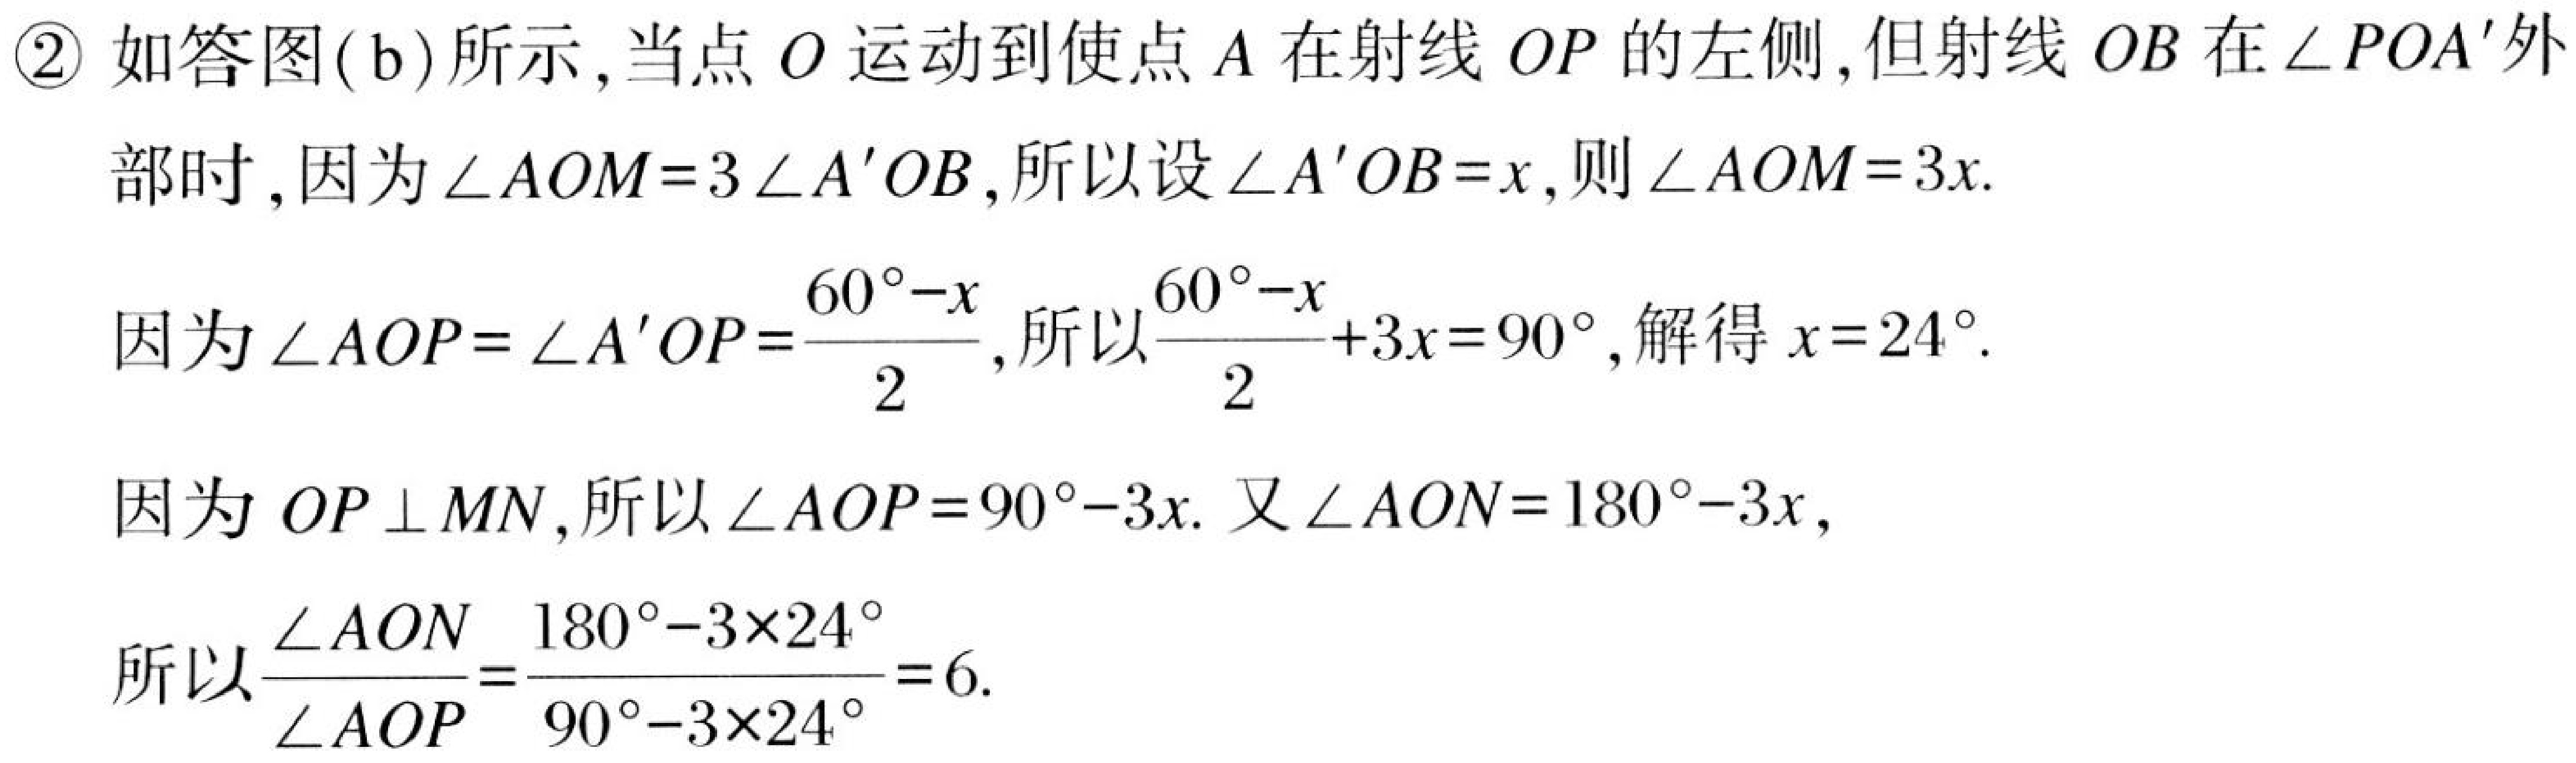
\textcircled{2} 如答图(b)所示,当点 \(O\) 运动到使点 \(A\) 在射线 \(OP\) 的左侧,但射线 \(OB\) 在 \(\angle POA'\)外
部时,因为\(\angle AOM = 3\angle A'OB\),所以设\(\angle A'OB=x\),则\(\angle AOM = 3x\).
因为\(\angle AOP=\angle A'OP=\frac{60^{\circ}-x}{2}\),所以\(\frac{60^{\circ}-x}{2}+3x = 90^{\circ}\),解得 \(x = 24^{\circ}\).
因为 \(OP\perp MN\),所以\(\angle AOP = 90^{\circ}-3x\). 又\(\angle AON = 180^{\circ}-3x\),
所以\(\frac{\angle AON}{\angle AOP}=\frac{180^{\circ}-3\times24^{\circ}}{90^{\circ}-3\times24^{\circ}} = 6\).